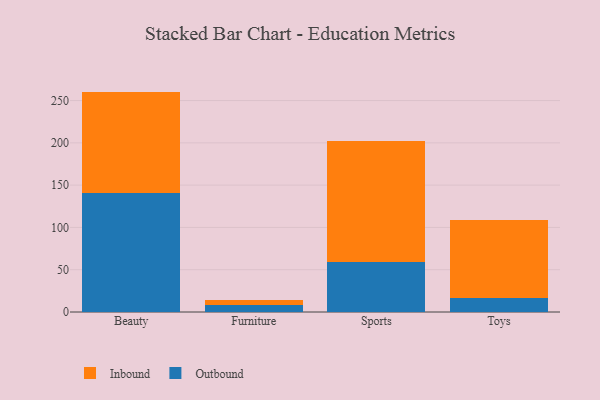
{"axis": {"x": "Category", "y": "Budget (USD K)"}, "legend": ["Inbound", "Outbound"], "data": [{"x": "Beauty", "y": 140.4, "type": "Outbound"}, {"x": "Beauty", "y": 120.2, "type": "Inbound"}, {"x": "Furniture", "y": 8.6, "type": "Outbound"}, {"x": "Furniture", "y": 5.1, "type": "Inbound"}, {"x": "Sports", "y": 59.6, "type": "Outbound"}, {"x": "Sports", "y": 142.2, "type": "Inbound"}, {"x": "Toys", "y": 16.4, "type": "Outbound"}, {"x": "Toys", "y": 92.1, "type": "Inbound"}]}